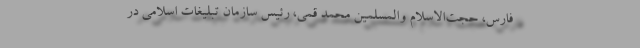
فارس، حجت‌الاسلام والمسلمین محمد قمی، رئیس سازمان تبلیغات اسلامی در